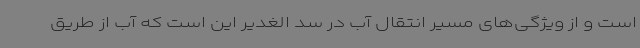
است و از ویژگی‌های مسیر انتقال آب در سد الغدیر این است که آب از طریق